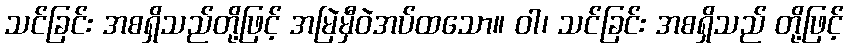
သင်ခြင်း အစရှိသည်တို့ဖြင့် အမြဲမှီဝဲအပ်ထသော။ ဝါ၊ သင်ခြင်း အစရှိသည် တို့ဖြင့်